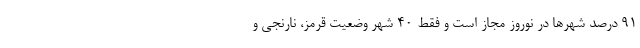
۹۱ درصد شهرها در نوروز مجاز است و فقط ۴۰ شهر وضعیت قرمز، نارنجی و